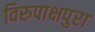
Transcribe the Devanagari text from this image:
विरुपाक्षपुरा